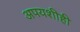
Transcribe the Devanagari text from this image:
अपयशीही